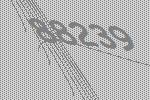
88239